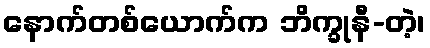
နောက်တစ်ယောက်က ဘိက္ခုနီ-တဲ့၊